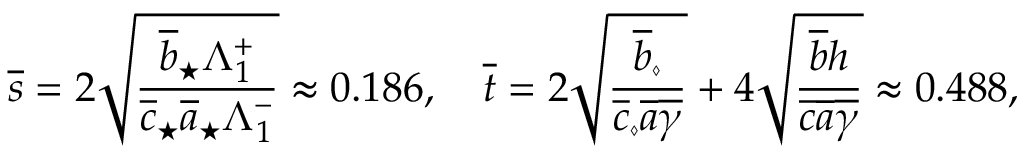
\overline { { s } } = 2 \sqrt \frac { \overline { { b } } _ { \star } \Lambda _ { 1 } ^ { + } } { \overline { { c } } _ { \star } \overline { { a } } _ { \star } \Lambda _ { 1 } ^ { - } } \approx 0 . 1 8 6 , \quad \overline { { t } } = 2 \sqrt { \frac { \overline { { b } } _ { \diamond } } { \overline { { c } } _ { \diamond } \overline { { a } } \overline { { \gamma } } } } + 4 \sqrt { \frac { \overline { { b } } h } { \overline { { c } } \overline { { a } } \overline { { \gamma } } } } \approx 0 . 4 8 8 ,